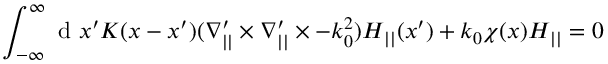
\int _ { - \infty } ^ { \infty } \mathrm { ~ d ~ } x ^ { \prime } K ( x - x ^ { \prime } ) ( \ensuremath { \boldsymbol { \nabla } } _ { | | } ^ { \prime } \times \ensuremath { \boldsymbol { \nabla } } _ { | | } ^ { \prime } \times - k _ { 0 } ^ { 2 } ) \ensuremath { \boldsymbol { H } } _ { | | } ( x ^ { \prime } ) + k _ { 0 } \chi ( x ) \ensuremath { \boldsymbol { H } } _ { | | } = 0